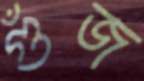
গুঁজ